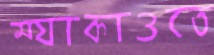
ম্যাকাওতে